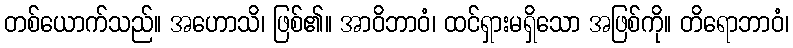
တစ်ယောက်သည်။ အဟောသိ၊ ဖြစ်၏။ အာဝိဘာဝံ၊ ထင်ရှားမရှိသော အဖြစ်ကို။ တိရောဘာဝံ၊